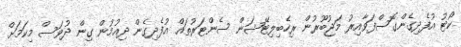
ކޯޓު އުފެދިގެންގޮސްފަވާއިރު މަޖުބޫރުން ރިހެބިލިޓޭޝަން ސެންޓަރުތައް އުފެދިގެން ދިއުމުން ގިން ދުވަސް މިކަމަށް